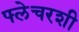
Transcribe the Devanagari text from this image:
फ्लेचरशी